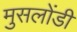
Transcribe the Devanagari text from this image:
मुसलोंडी